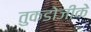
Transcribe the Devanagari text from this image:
तुकडोजीके